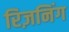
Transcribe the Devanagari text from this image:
रिज़निंग